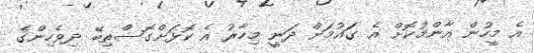
އެ މީހުން އާންމުކޮށް އެ ގައުމަށް ދަނީ މިހާރު އެ ކޮޅަށްގޮސްތިބޭ ދިވެހިންގެ